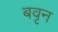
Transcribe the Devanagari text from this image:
बवृन